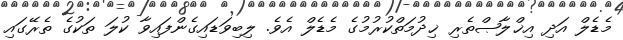
މެޑެލް އަދި އިޚްލާޞްތެރި ޚިދުމަތްކުރުމުގެ މެޑެލް އެވެ. ލިބިވަޑައިގެންފައިވާ ކުލަ ތަކުގެ ތެރޭގައި